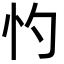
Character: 㣿